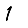
Digit: 1